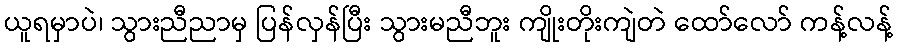
ယူရမှာပဲ၊ သွားညီညာမှ ပြန်လှန်ပြီး သွားမညီဘူး ကျိုးတိုးကျဲတဲ ထော်လော် ကန့်လန့်